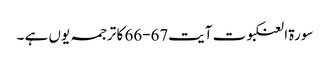
سورۃ العنکبوت آیت67-66 کا ترجمہ یوں ہے ۔